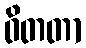
ဝိတတာ